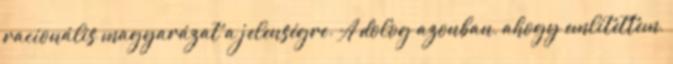
racionális magyarázat a jelenségre. A dolog azonban, ahogy említettem,